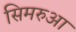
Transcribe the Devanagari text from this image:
सिमरुआ